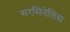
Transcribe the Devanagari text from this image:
सरसिनेलिस